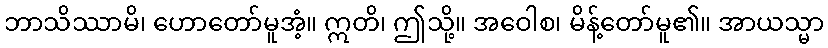
ဘာသိဿာမိ၊ ဟောတော်မူအံ့။ ဣတိ၊ ဤသို့။ အဝေါစ၊ မိန့်တော်မူ၏။ အာယသ္မာ